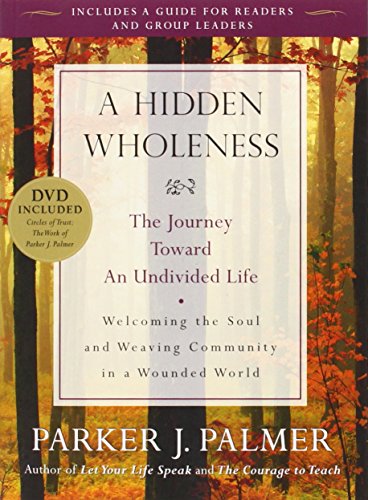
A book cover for A Hidden Wholeness: The Journey Toward an Undivided Life; Parker J. Palmer; Self-Help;